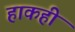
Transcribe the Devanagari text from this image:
हाकही